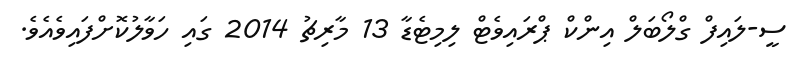
ސީ-ލައިފް ގްލޯބަލް އިންކް ޕްރައިވެޓް ލިމިޓެޑާ 13 މާރިޗު 2014 ގައި ހަވާލުކޮށްފައިވެއެވެ.